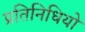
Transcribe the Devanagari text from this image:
प्रतिनिधियो